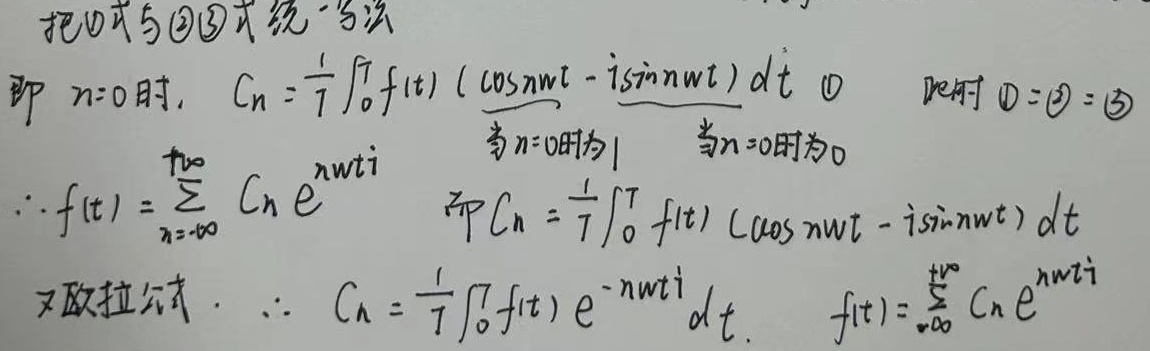
将\textcircled{1}式与\textcircled{2}\textcircled{3}式统一写法：
当\(n = 0\)时，\(C_{n}=\frac{1}{T}\int_{0}^{T}f(t)(\cos n\omega t - i\sin n\omega t)dt\)  \textcircled{1}
此时\textcircled{1}=\textcircled{2}=\textcircled{3}
当\(n = 0\)时为\(1\)，当\(n = 0\)时为\(0\)
\(\therefore f(t)=\sum_{n = -\infty}^{+\infty}C_{n}e^{in\omega t}\)
即\(C_{n}=\frac{1}{T}\int_{0}^{T}f(t)(\cos n\omega t - i\sin n\omega t)dt\)
又因欧拉公式，\(\therefore C_{n}=\frac{1}{T}\int_{0}^{T}f(t)e^{-in\omega t}dt\)
\(f(t)=\sum_{n = -\infty}^{+\infty}C_{n}e^{in\omega t}\)